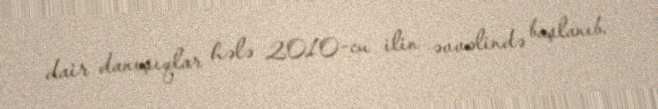
dair danışıqlar hələ 2010-cu ilin əvvəlində başlanıb.